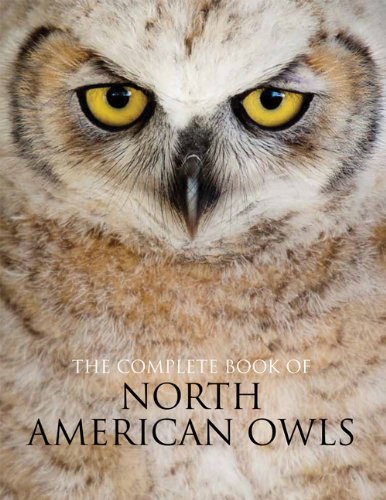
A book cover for The Complete Book of North American Owls; James Duncan; Science & Math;